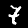
Digit: 7